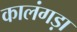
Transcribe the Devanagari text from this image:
कालंगड़ा